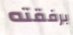
برفقته